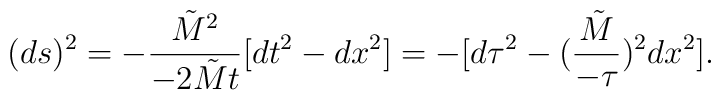
(ds)^2 = - {{\tilde M}^2 \over -2 {\tilde M} t} [dt^2 - dx^2] = - [d \tau^2 - ({{\tilde M} \over - \tau})^2 dx^2].